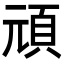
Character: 頑